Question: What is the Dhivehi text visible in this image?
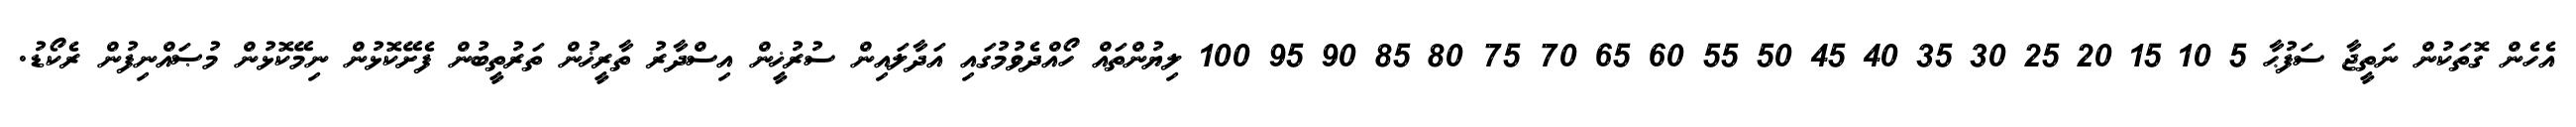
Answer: އެހެން ގޮތަކުން ނަތީޖާ ސަފުޙާ 5 10 15 20 25 30 35 40 45 50 55 60 65 70 75 80 85 90 95 100 ލިޔުންތައް ހޯއްދެވުމުގައި އަދާލައިން ސުރުޚީން އިސްދާރު ތާރީޚުން ތަރުތީބުން ފެށޭކޮޅުން ނިމޭކޮޅުން މުޞައްނިފުން ރެކޯޑު.